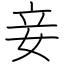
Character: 妾